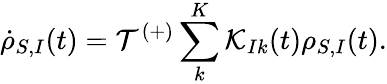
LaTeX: {{\dot{\rho}}_{S,I}}(t)={{\mathcal{T}}^{(+)}}\sum_{k}^{K}{{{\mathcal{K}}_{Ik}}(t){{\rho}_{S,I}}(t)}.